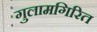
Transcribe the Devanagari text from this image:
गुलामगिरित